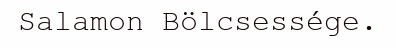
Salamon Bölcsessége.